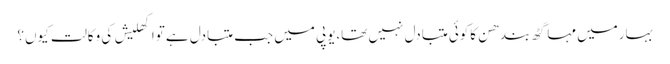
بہارمیں مہاگٹھ بندھن کاکوئی متبادل نہیں تھا،یوپی میں جب متبادل ہے تواکھلیش کی وکالت کیوں؟